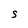
Character: S